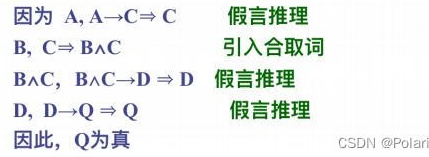
因为 \(A, A\rightarrow C\Rightarrow C\)  假言推理
\(B, C\Rightarrow B\wedge C\)  引入合取词
\(B\wedge C, B\wedge C\rightarrow D\Rightarrow D\)  假言推理
\(D, D\rightarrow Q\Rightarrow Q\)  假言推理
因此，\(Q\) 为真